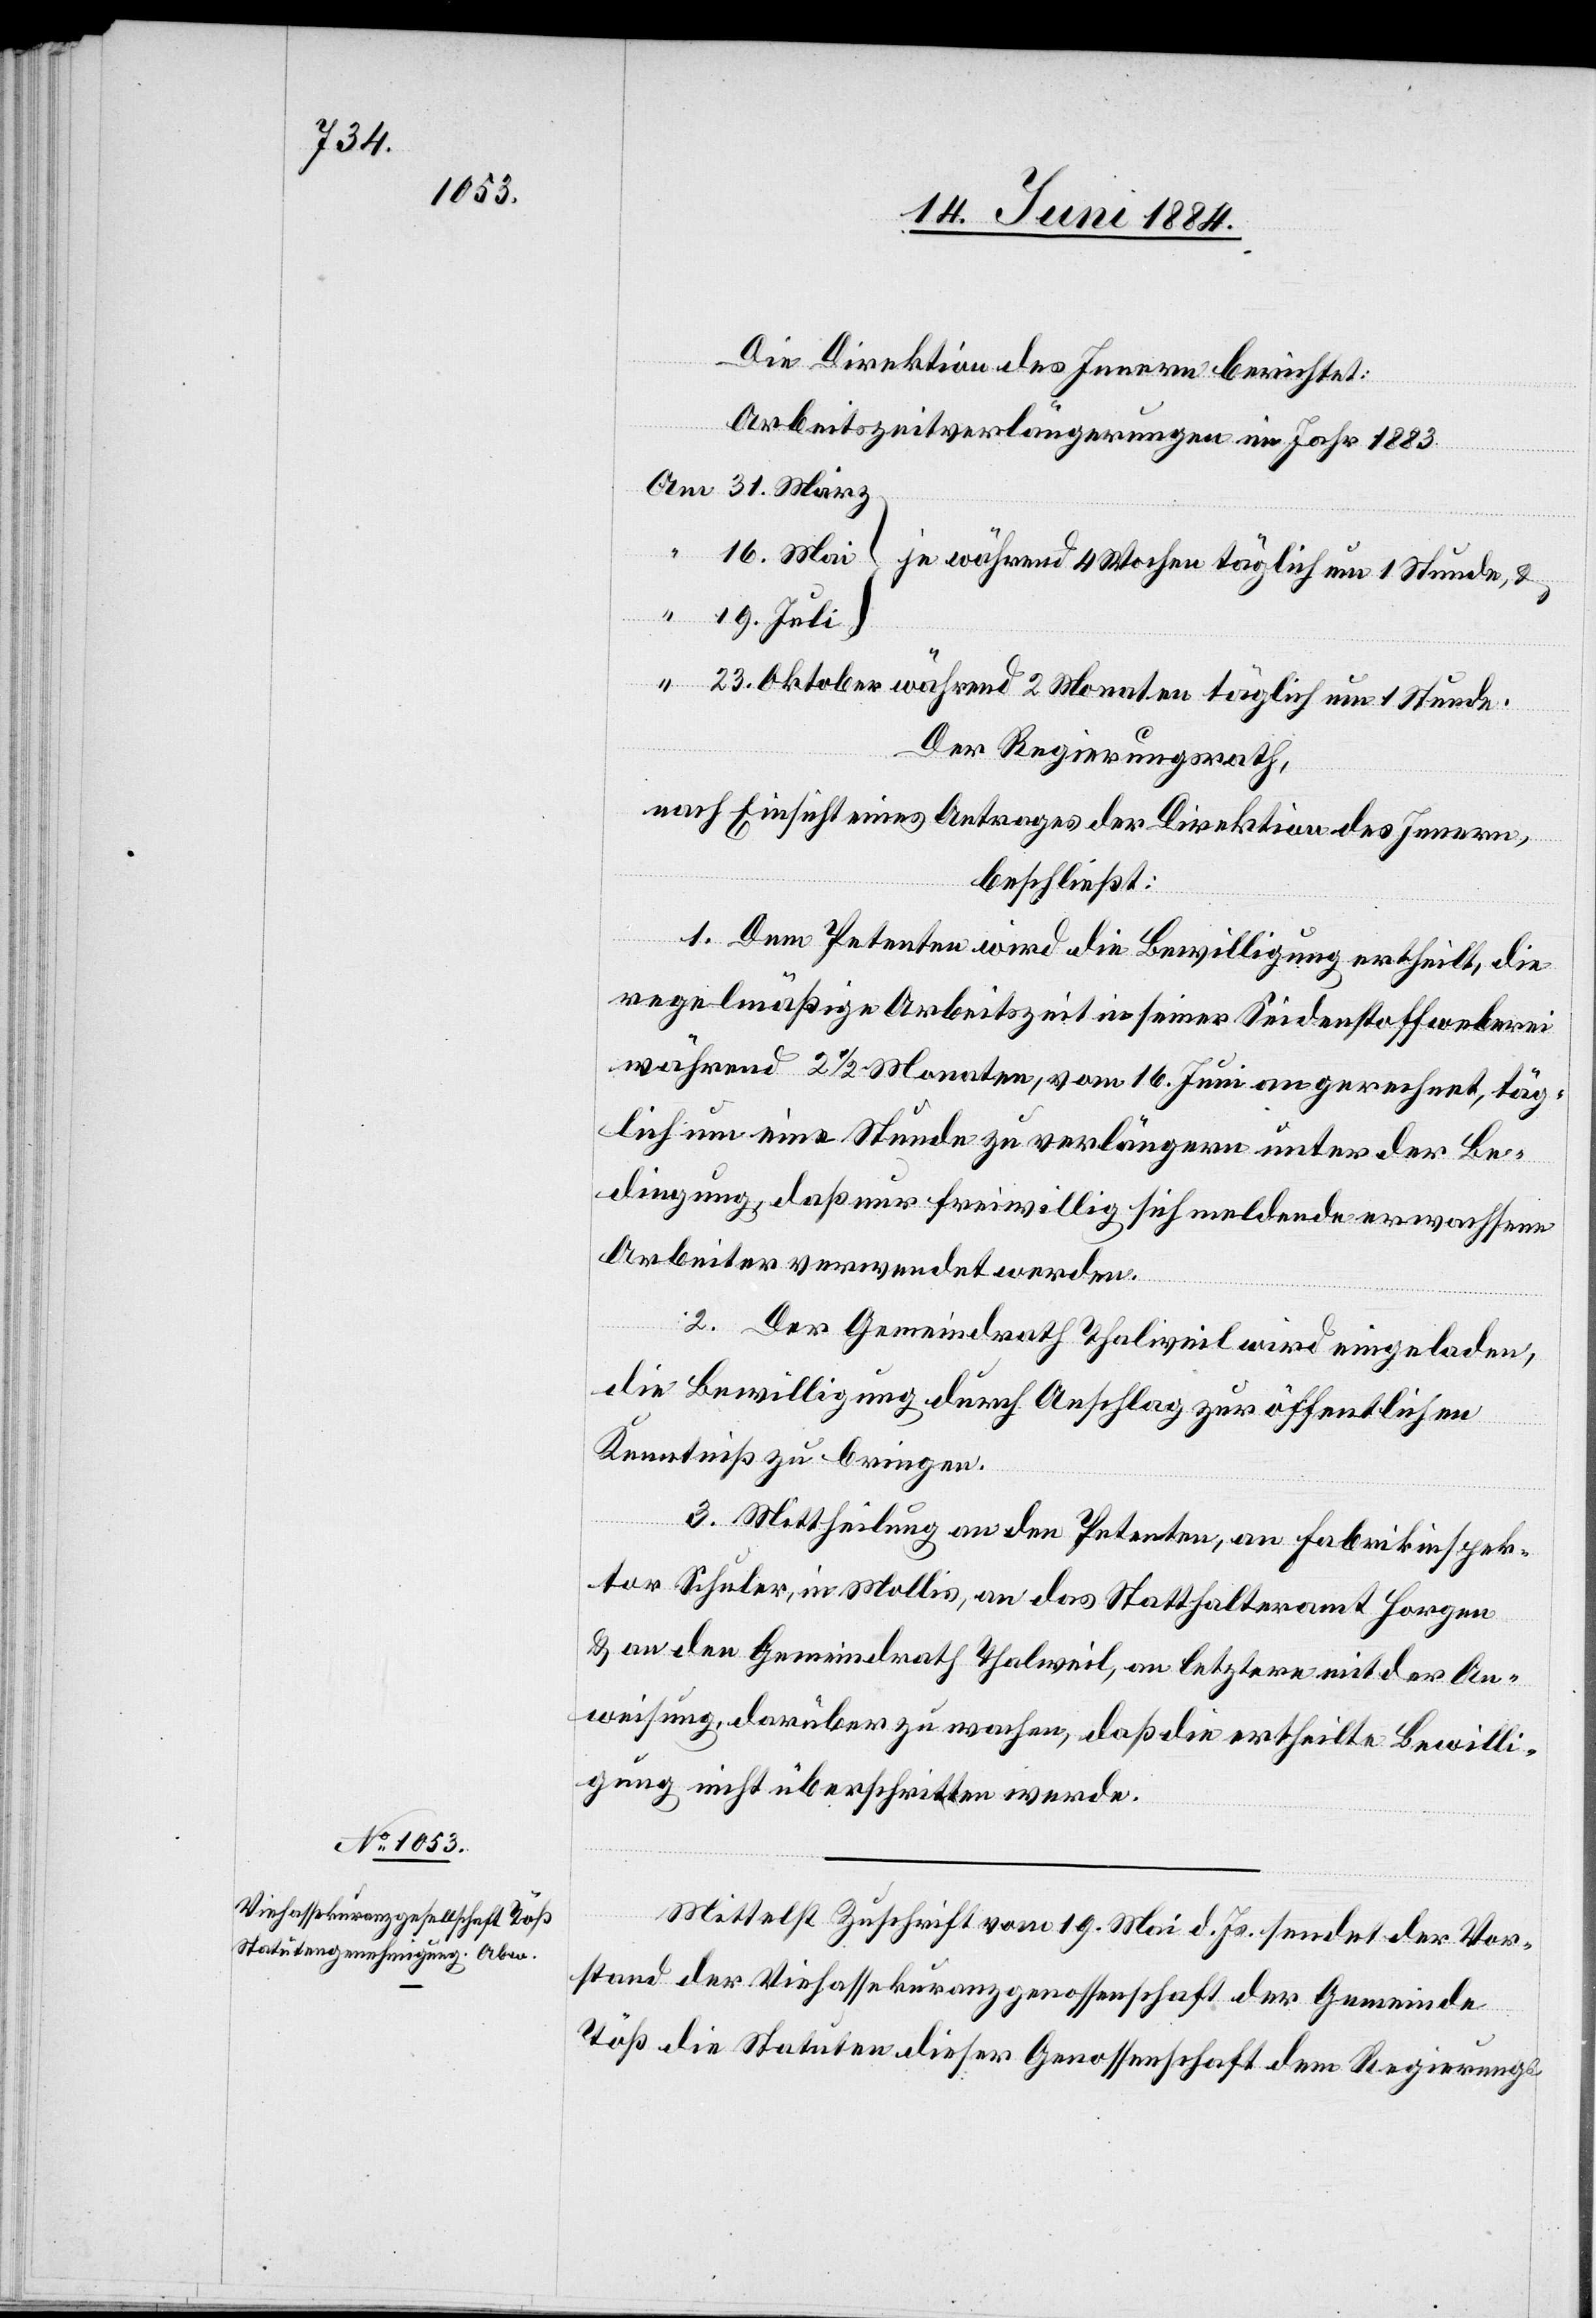
Die Direktion des Innern berichtet:
Arbeitszeitverlängerungen im Jahr 1883
Stunde,
19. Juli
Der Regierungsrath,
nach Einsicht eines Antrages der Direktion des Innern,
beschließt:
Stunde.
um 1
1. Dem Petenten wird die Bewilligung ertheilt, die
regelmäßige Arbeitszeit in seiner Seidenstoffweberei
während 2 1/2 Monaten, vom 16. Juni an gerechnet, täg¬
lich um eine Stunde zu verlängern unter der Be¬
dingung, daß nur freiwillig sich meldende erwachsene
Arbeiter verwendet werden.
2. Der Gemeindrath Thalweil wird eingeladen,
die Bewilligung durch Anschlag zur öffentlichen
Kenntniß zu bringen.
3. Mittheilung an den Petenten, an Fabrikinspek¬
tor Schuler, in Mollis, an das Statthalteramt Horgen
& an den Gemeindrath Thalweil, an letztern mit der An¬
weisung, darüber zu wachen, daß die ertheilte Bewilli¬
gung nicht überschritten werde.
Mittelst Zuschrift vom 19. Mai d. Js sendet der Vor¬
stand der Viehassekuranzgenossenschaft der Gemeinde
Töß die Statuten dieser Genossenschaft dem Regierungs-